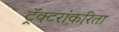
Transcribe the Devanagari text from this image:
ट्रॅक्टरांकरिता